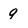
Character: 9